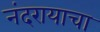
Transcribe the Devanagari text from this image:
नंदरायाचा